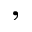
,